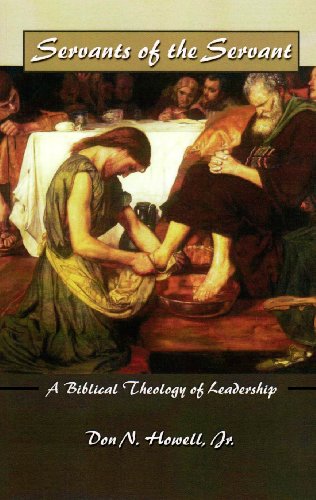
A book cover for Servants of the Servant: A Biblical Theology of Leadership; Don N., Jr. Howell; Christian Books & Bibles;